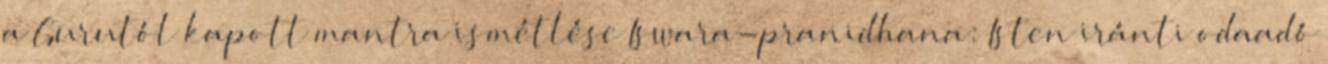
a Gurutól kapott mantra ismétlése Iswara-pranidhana: Isten iránti odaadó